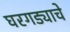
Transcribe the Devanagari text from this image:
घरगड्याचे